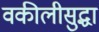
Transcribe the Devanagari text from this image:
वकीलीसुद्धा